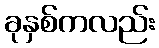
ခုနှစ်ကလည်း